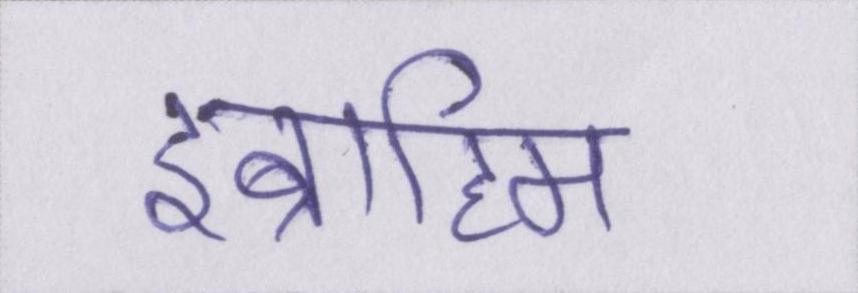
इब्राहिम